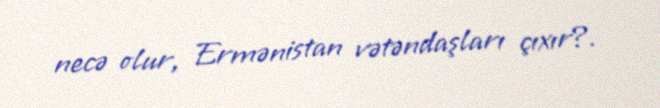
necə olur, Ermənistan vətəndaşları çıxır?.